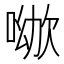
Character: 𠸰